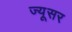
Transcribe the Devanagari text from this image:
ज्यूसर